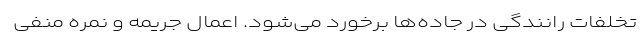
تخلفات رانندگی در جاده‌ها برخورد می‌شود. اعمال جریمه و نمره منفی